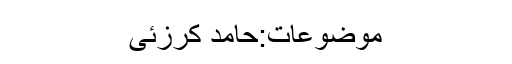
موضوعات:حامد کرزئی